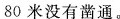
洞，甲班每天凿出5米，乙班每天凿出6米，同时开凿()天后，还差